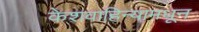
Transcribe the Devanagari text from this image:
केशवाहिन्यामधून